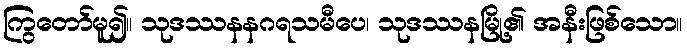
ကြွတော်မူ၍။ သုဒဿနနဂရသမီပေ၊ သုဒဿနမြို့၏ အနီးဖြစ်သော။